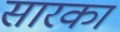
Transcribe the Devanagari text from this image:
सारका